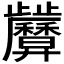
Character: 𢍷